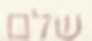
שלם